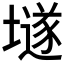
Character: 𡑞